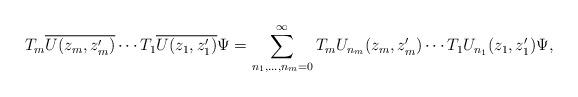
LaTeX: \begin{align*}T_m \overline{U(z_m ,z_m')} \cdots T_1 \overline{U(z_1 , z_1')} \Psi = \sum _{ n_1 , ... , n_m = 0} ^\infty T_m U_{n_m}(z_m ,z_m') \cdots T_1 U_{n_1} (z_1 , z_1') \Psi , \end{align*}